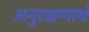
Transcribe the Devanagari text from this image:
अनुरक्षणार्थ